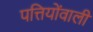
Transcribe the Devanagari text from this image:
पत्तियोंवाली